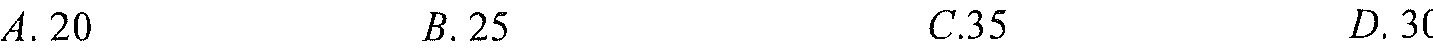
A. \(20\)  B. \(25\)  C. \(35\)  D. \(30\)